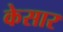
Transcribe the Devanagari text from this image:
केसार